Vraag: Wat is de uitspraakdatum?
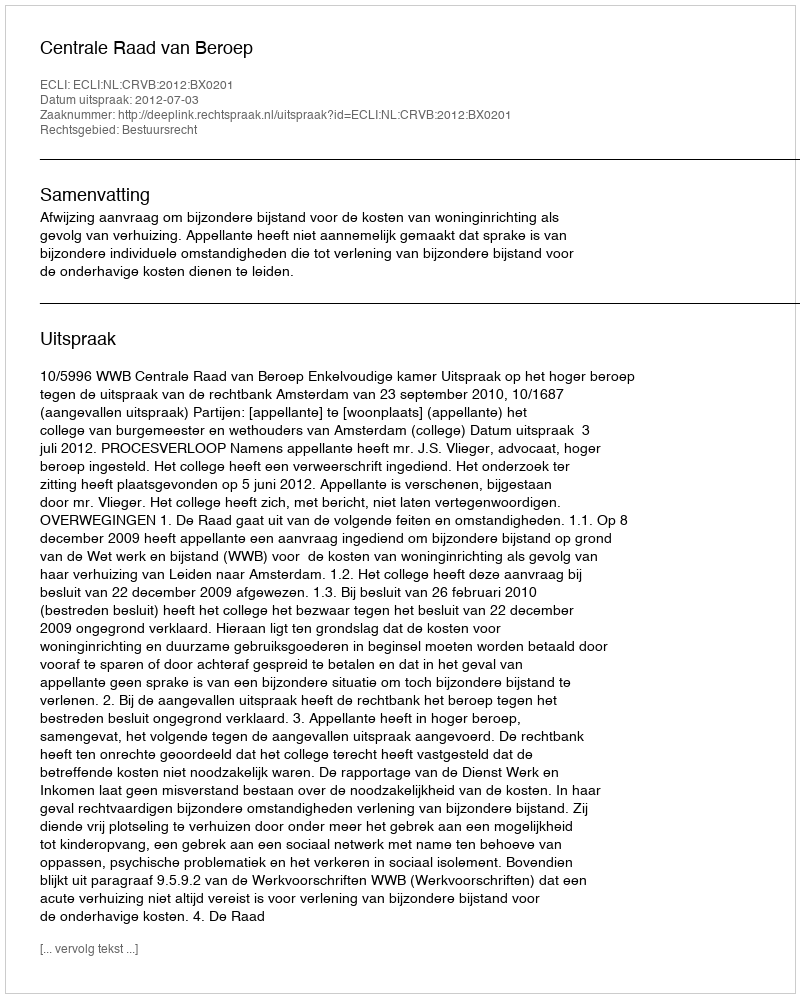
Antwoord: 2012-07-03